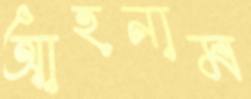
আহনাম